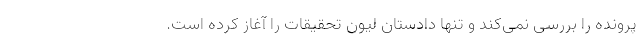
پرونده را بررسی نمی‌کند و تنها دادستان لیون تحقیقات را آغاز کرده است.